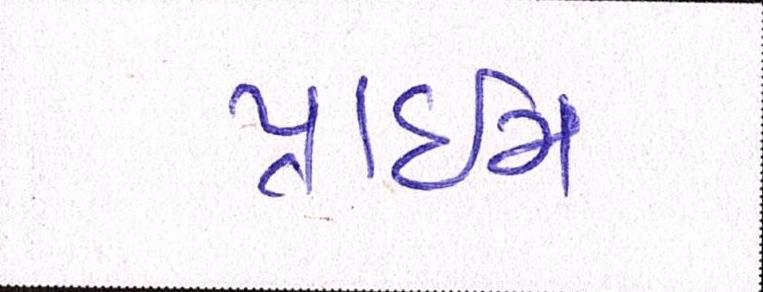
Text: પ્રાઇમ